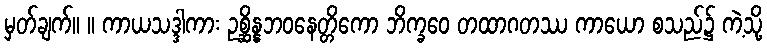
မှတ်ချက်။ ။ ကာယသဒ္ဒါကား ဥစ္ဆိန္နဘဝနေတ္တိကော ဘိက္ခဝေ တထာဂတဿ ကာယော စသည်၌ ကဲ့သို့